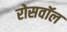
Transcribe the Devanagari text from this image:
रोसवॉल